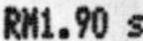
RM1.90 S